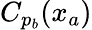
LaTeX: C_{p_{b}}(x_{a})